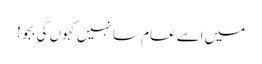
میں اسے عام سا نہیں کہوں گی بجو!